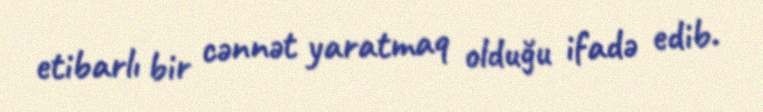
etibarlı bir cənnət yaratmaq olduğu ifadə edib.